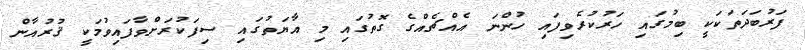
ފަރުބަދަތަކަކީ ބިމުގައި ހަރުކުރެވިފައި ހުންނަ އެއްޗެއްގެ ގޮތުގައި މި އާޔަތުގައި ސިފަކުރަށްވާފައިވުމަކީ ޤުރުއާން